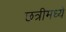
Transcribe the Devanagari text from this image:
छत्रीमध्ये